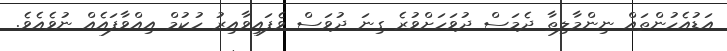
އަޑުއެހުންތައް ނިންމާލިތާ ދެމަސް ދުވަހަށްވުރެ ގިނަ ދުވަސް ވެފައިވާއިރު ހުކުމް އިއްވާފައެއް ނުވެއެވެ.